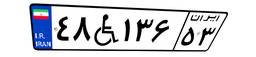
۴۸W۱۳۶۵۳